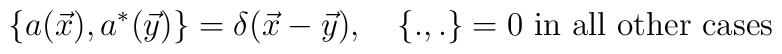
\left\{ a(\vec{x}),a^{*}(\vec{y})\right\} =\delta (\vec{x}-\vec{y}),\quad\left\{ .,.\right\} =0\hbox{ in all other cases}